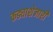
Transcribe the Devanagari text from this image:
कड्याशेजारी